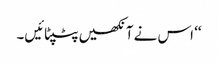
‘‘ اس نے آنکھیں پٹپٹائیں۔